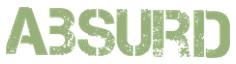
ABSURD